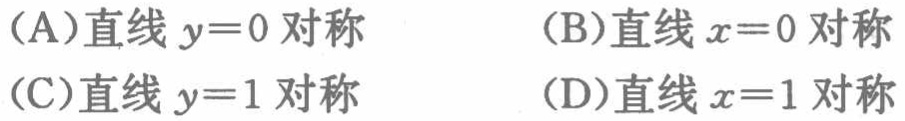
(A)直线 \(y = 0\) 对称
(B)直线 \(x = 0\) 对称
(C)直线 \(y = 1\) 对称
(D)直线 \(x = 1\) 对称